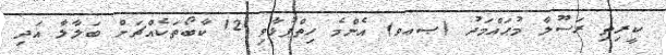
ކީރިތި ރަސޫލާ މުޙައްމަދު (ޞޢވ) އެންމެ ހިތްޕުޅާވި 12 ކާބޯތަކެއްޗަށް ބަލާލާ އަދި